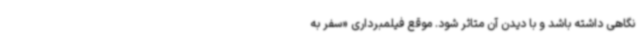
نگاهی داشته باشد و با دیدن آن متاثر شود. موقع فیلمبرداری «سفر به